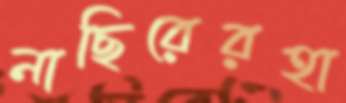
নাছিরেরহা